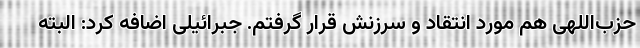
حزب‌اللهی هم مورد انتقاد و سرزنش قرار گرفتم. جبرائیلی اضافه کرد: البته